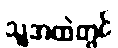
သူ့အထဲတွင်